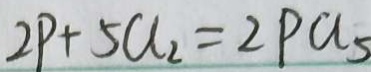
2 P + 5 a _ { 2 } = 2 P a _ { 5 }